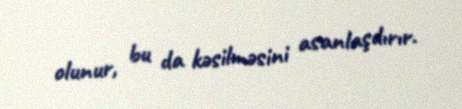
olunur, bu da kəsilməsini asanlaşdırır.